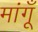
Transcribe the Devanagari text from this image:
मांगूँ